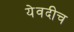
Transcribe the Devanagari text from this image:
येवदीच